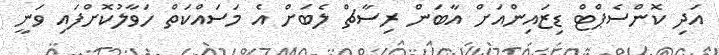
އަދި ކޮންސެޕްޓް ޑިޒައިންއަށް އާބަން ރިސާޗް ލެބަށް އެ މަސައްކަތް ހަވާލުކޮށްފައި ވަނީ